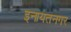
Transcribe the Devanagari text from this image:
इनायतनगर